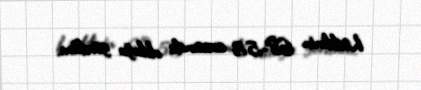
həddinin 68-53 arasında olduğu gördüm.